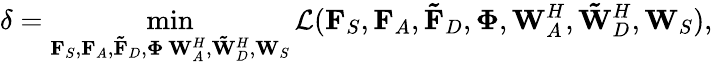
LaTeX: \delta=\operatorname*{min}_{\substack{\mathbf{F}_{S},\mathbf{F}_{A},\mathbf{\tilde{F}}_{D},\mathbf{\Phi}\, {\mathbf{W}_{A}^{H}},{\mathbf{\tilde{W}}_{D}^{H}},\mathbf{W}_{S}}}{\mathcal{L}(\mathbf{F}_{S},\mathbf{F}_{A},\mathbf{\tilde{F}}_{D},\mathbf{\Phi},{\mathbf{W}_{A}^{H}},{\mathbf{\tilde{W}}_{D}^{H}},\mathbf{W}_{S})},